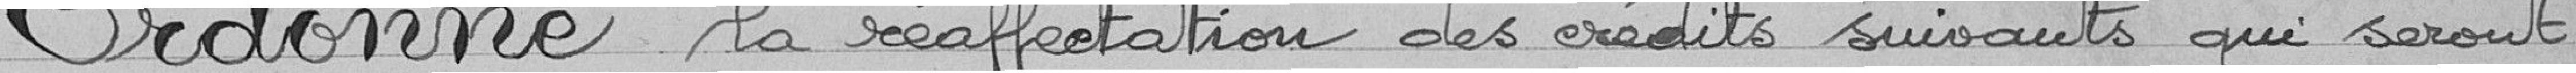
Ordonne la réaffectation des crédits suivants qui seront